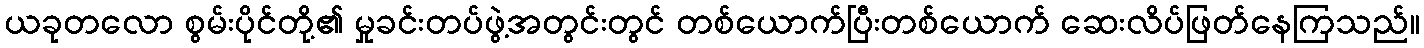
ယခုတလော စွမ်းပိုင်တို့၏ မှုခင်းတပ်ဖွဲ့အတွင်းတွင် တစ်ယောက်ပြီးတစ်ယောက် ဆေးလိပ်ဖြတ်နေကြသည်။